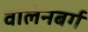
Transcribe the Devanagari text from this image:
वालेनबर्ग